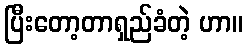
ပြီးတော့တာရှည်ခံတဲ့ ဟာ။